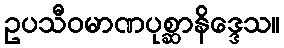
ဥပသီဝမာဏပုစ္ဆာနိဒ္ဒေသ။